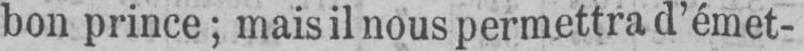
bon prince; mais il nous permettra d’émet-